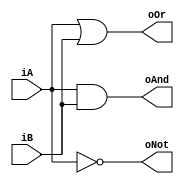
`timescale 1ns / 1ps
//////////////////////////////////////////////////////////////////////////////////
// Company: 
// Engineer: 
// 
// Design Name: 
// Module Name: logic_gates_2
// Project Name: 
// Target Devices: 
// Tool Versions: 
// Description: 
// 
// Dependencies: 
// 
// Revision:
// Revision 0.01 - File Created
// Additional Comments:
// 
//////////////////////////////////////////////////////////////////////////////////


module logic_gates_2(
    input iA,
    input iB,
    output oAnd,
    output oOr,
    output oNot
    );
    assign oAnd = iA & iB;
    assign oOr = iA | iB;
    assign oNot = ~iA;
endmodule